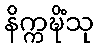
နိက္ကဍ္ဎိံသု